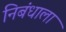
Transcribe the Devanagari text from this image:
निबंधाला